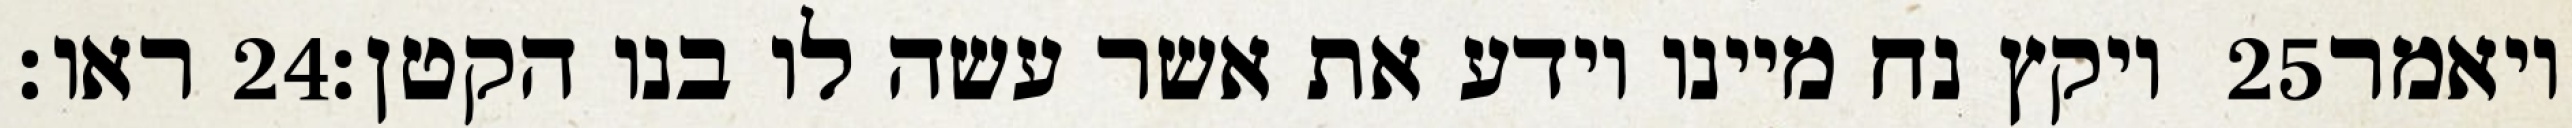
ראו׃ ‎24‏ ויקץ נח מיינו וידע את אשר עשה לו בנו הקטן׃ ‎25‏ ויאמר